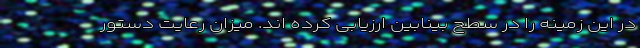
در این زمینه را در سطح بینابین ارزیابی کرده­ اند. میزان رعایت دستور